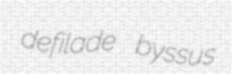
defilade byssus